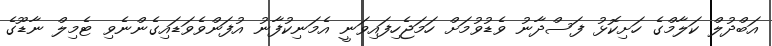
އަބްދުލް ކަލާމްގެ ހަށިކޮޅު ފަސްދާނު ވެޑުވުމަށް ހަމަޖެހިފައިވަނީ އެމަނިކުފާނު އުފަންވެވަޑައިގެންނެވި ޓެމިލް ނާޑޫގެ